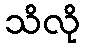
သိလို